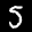
Label: 5